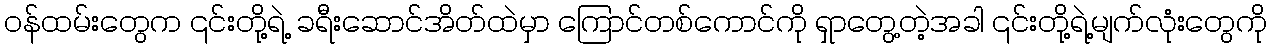
ဝန်ထမ်းတွေက ၎င်းတို့ရဲ့ ခရီးဆောင်အိတ်ထဲမှာ ကြောင်တစ်ကောင်ကို ရှာတွေ့တဲ့အခါ ၎င်းတို့ရဲ့မျက်လုံးတွေကို